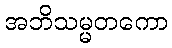
အဘိသမ္မတကော